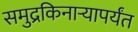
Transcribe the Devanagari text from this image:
समुद्रकिनार्‍यापर्यंत